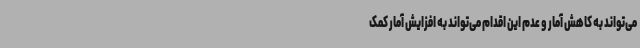
می‌تواند به کاهش آمار و عدم این اقدام می‌تواند به افزایش آمار کمک